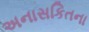
અનાસકિતના